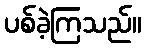
ပစ်ခဲ့ကြသည်။